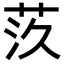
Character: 𦮛